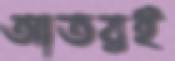
আতরই